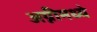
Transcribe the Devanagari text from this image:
अग्नीमध्ये